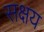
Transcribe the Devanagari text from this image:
सक्षय